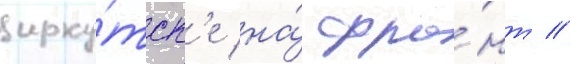
ирку́тск'е на́ фро́нт //